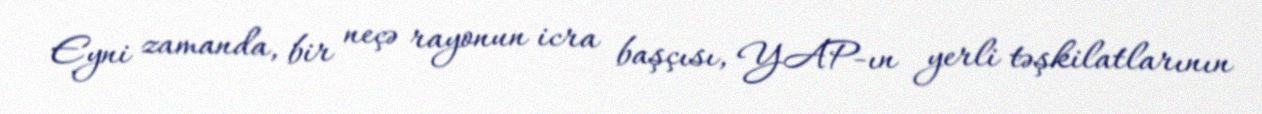
Eyni zamanda, bir neçə rayonun icra başçısı, YAP-ın yerli təşkilatlarının